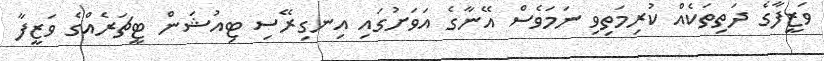
ވަޒީފާގެ ދަތިތަކެއް ކުރިމަތިވި ނަމަވެސް އޭނާގެ އަވަށުގައި އިނގިރޭސި ޓިއުޝަން ޓީޗަރެއްގެ ވަޒީފާ